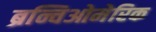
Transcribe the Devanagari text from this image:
ब्रन्चिओमेरिक